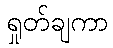
ရှုတ်ချကာ